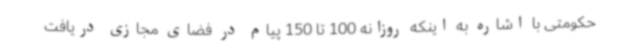
حکومتی با اشاره به اینکه روزانه 100 تا 150 پیام در فضای مجازی دریافت